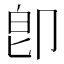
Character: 卽